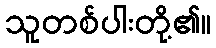
သူတစ်ပါးတို့၏။